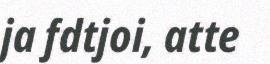
ja fdtjoi, atte